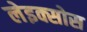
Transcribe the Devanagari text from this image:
लेइक्सोस